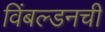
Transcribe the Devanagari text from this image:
विंबल्डनची